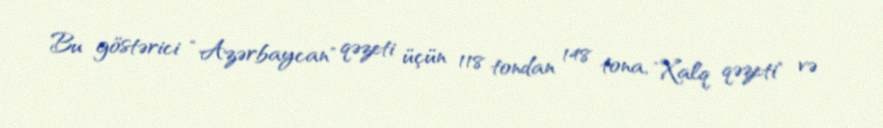
Bu göstərici “Azərbaycan" qəzeti üçün 118 tondan 148 tona, "Xalq qəzeti" və